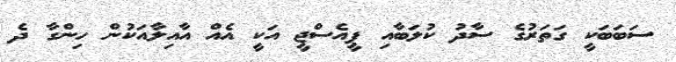
ސަބަބަކީ ގަތަރުގެ ސާދު ކުލަބާއި ޕީއެސްޖީ އަކީ އެއް އާއިލާއަކުން ހިންގާ ދެ